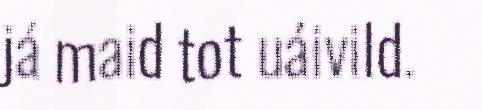
já maid tot uáivild.